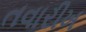
તવારીખ